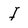
Character: I